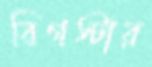
বিগস্টার